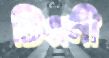
টিপ্পনী